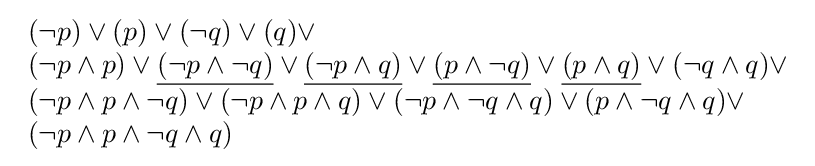
{\begin{array}{lcl}(\lnot p)\lor (p)\lor (\lnot q)\lor (q)\lor \\(\lnot p\land p)\lor {\underline {(\lnot p\land \lnot q)}}\lor {\underline {(\lnot p\land q)}}\lor {\underline {(p\land \lnot q)}}\lor {\underline {(p\land q)}}\lor (\lnot q\land q)\lor \\(\lnot p\land p\land \lnot q)\lor (\lnot p\land p\land q)\lor (\lnot p\land \lnot q\land q)\lor (p\land \lnot q\land q)\lor \\(\lnot p\land p\land \lnot q\land q)\end{array}}